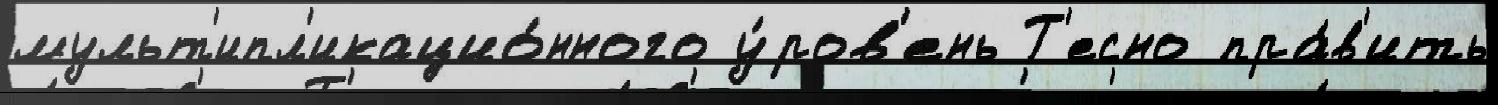
мульт'ипл'икацио́нного у́ров'ень Т'есно пра́в'ить